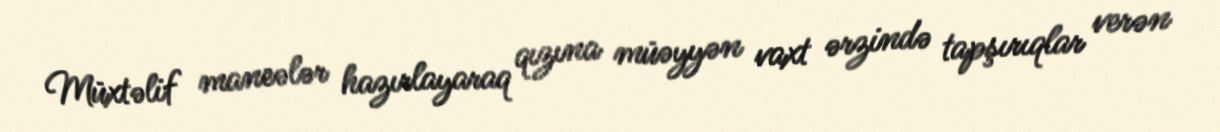
Müxtəlif maneələr hazırlayaraq qızına müəyyən vaxt ərzində tapşırıqlar verən